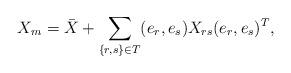
LaTeX: \begin{align*} X_m = \bar{X} + \sum_{ \{r,s\} \in T } (e_r,e_s) X_{rs} (e_r,e_s)^T , \end{align*}